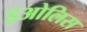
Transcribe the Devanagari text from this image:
इओलिस